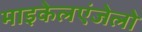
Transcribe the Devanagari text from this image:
माइकेलएंजेलो